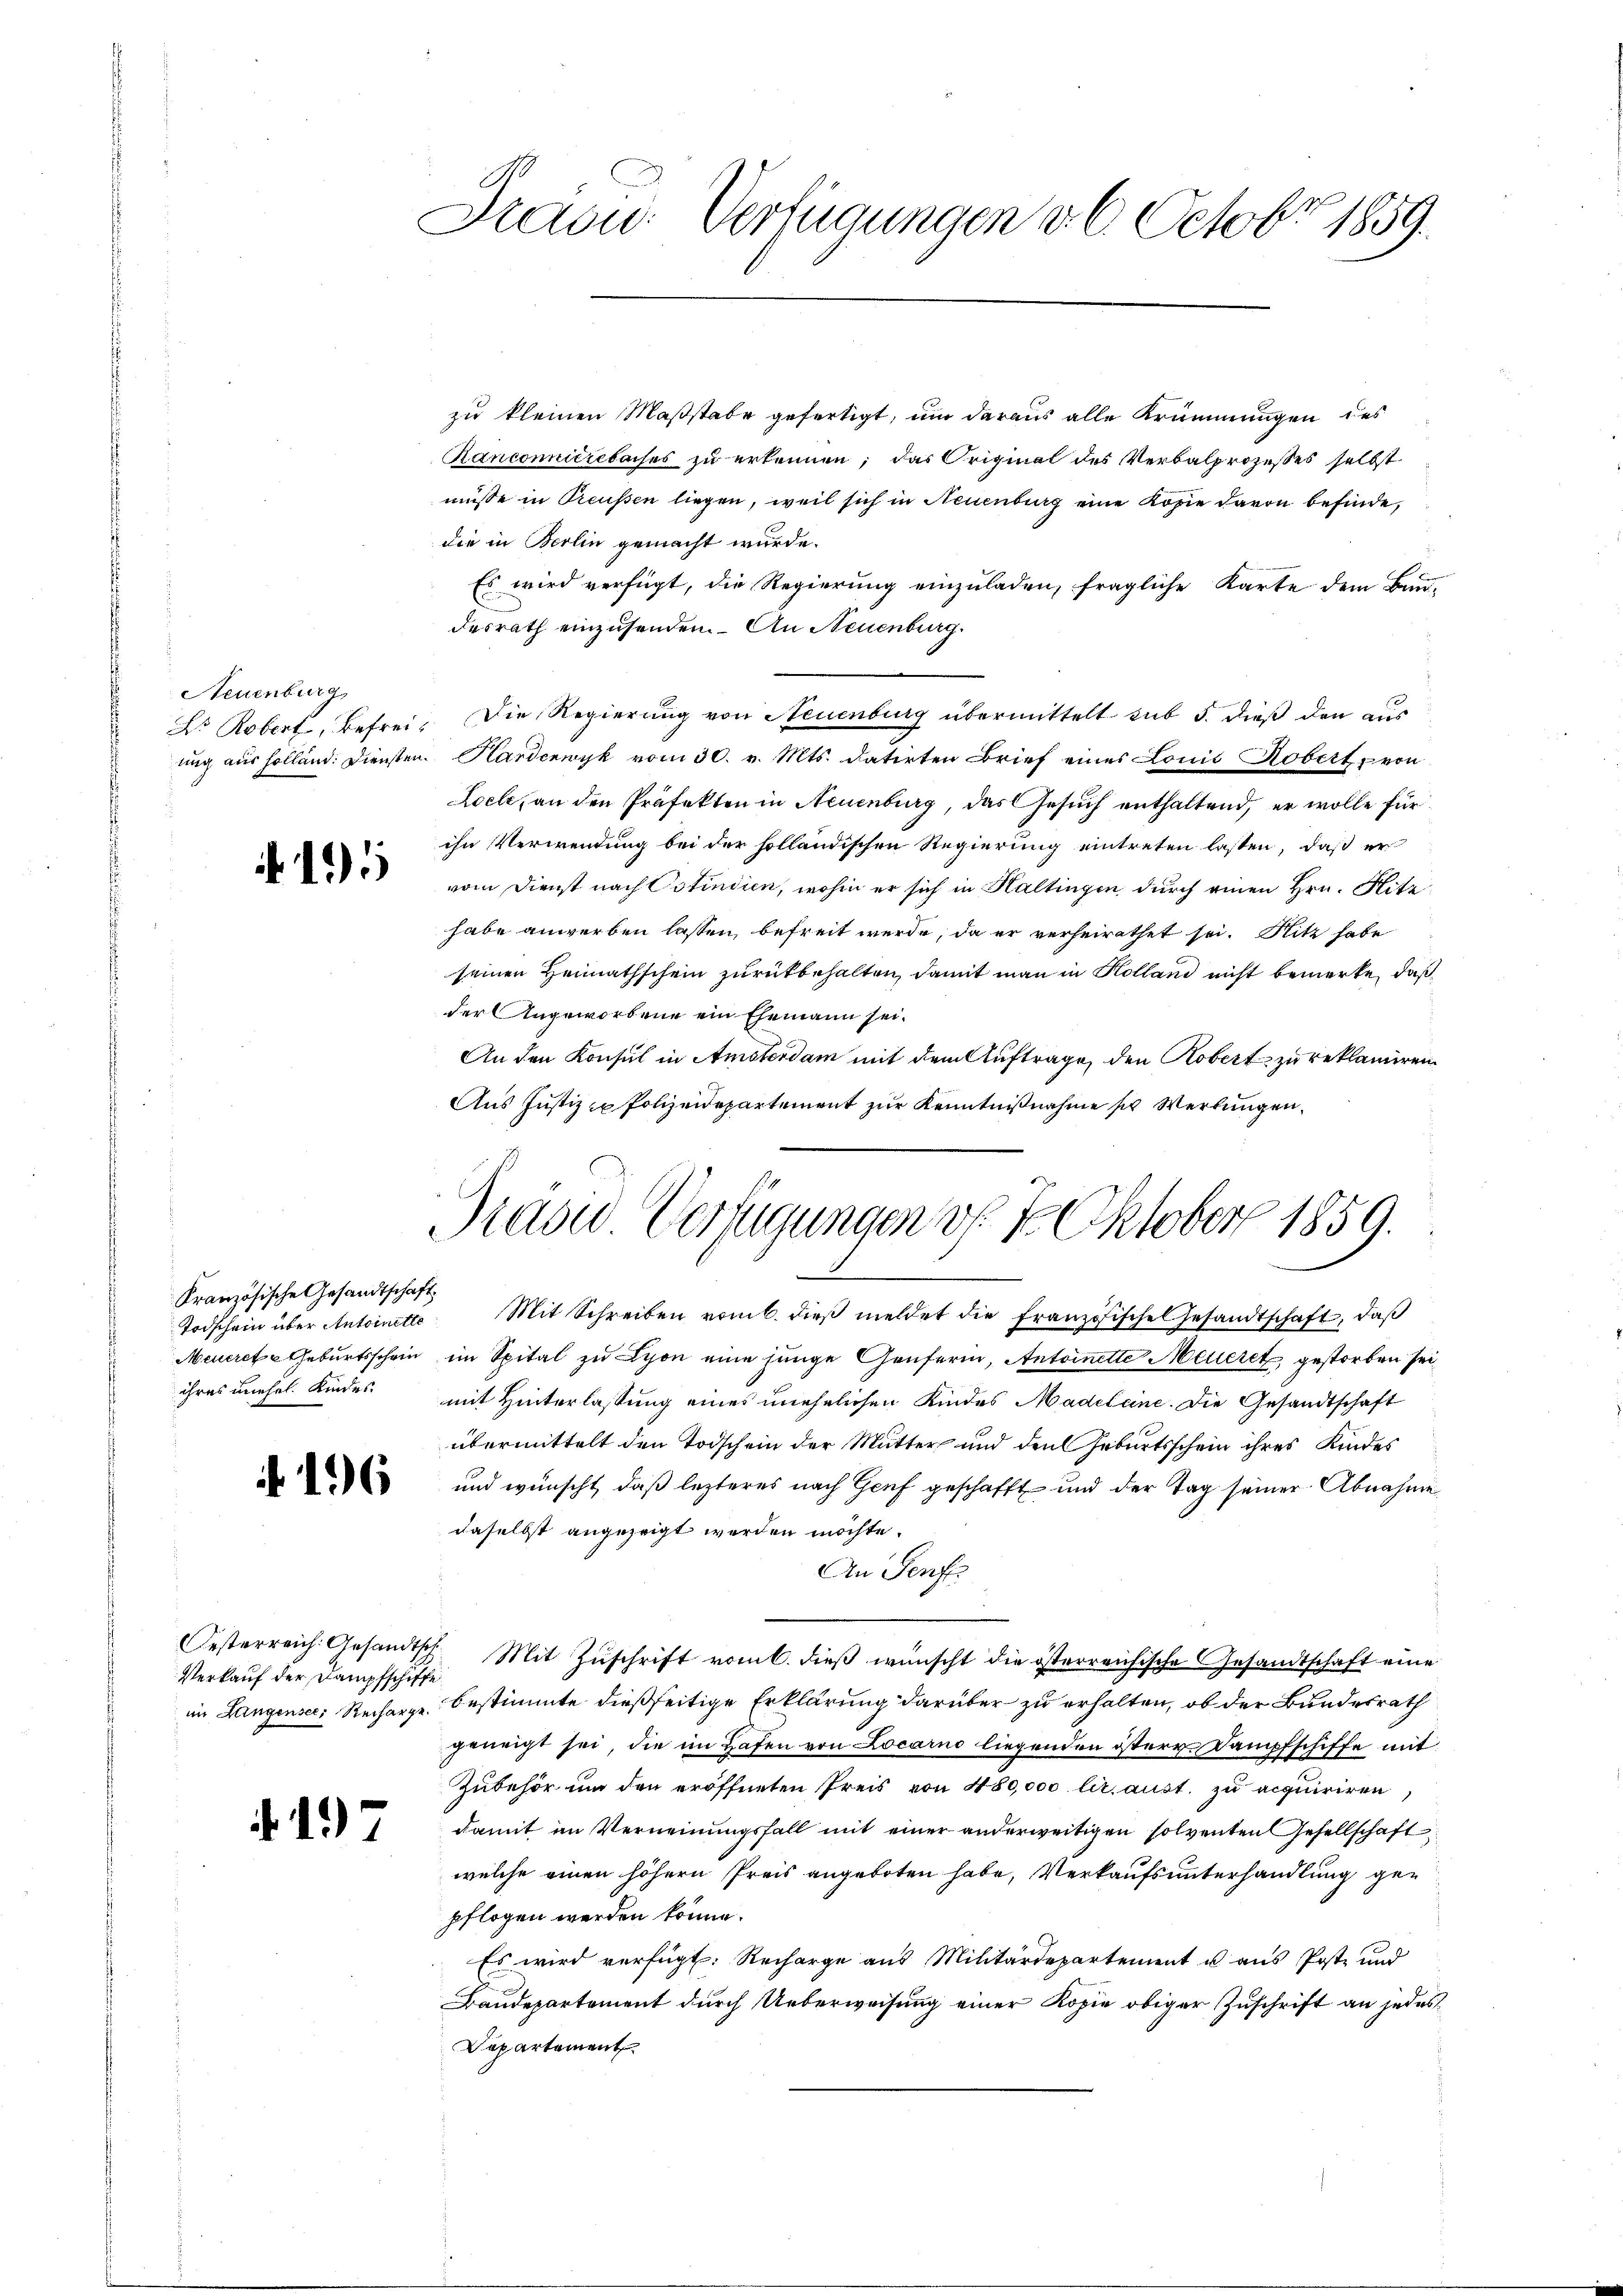
Neuenburg,

191

Französische Gesandtschaft

Verkauf der Dampfschiffe

f. 197

Sraou: Verfügungen v. 6. Octobr 1859.

zu kleinen Maßstabe gefertigt, um daraus alle Krümmungen des
Ranconnucretaises zu erkennen; das Original des Verbalprozesses selbst
müsse in Preussen liegen, weil sich in Neuenburg eine Kopie davon befinde,
die in Berlin gemacht wurde.
Es wird verfügt, die Regierung einzuladen, fragliche Karte dem Band-
desrath einzusenden. – An Neuenburg.
Dr. Robert, Befrei. Die Regierung von Neuenburg übermittelt sub 5. dieß den aus
ung aus Holland: Diensten Hardenwyk vom 30. v. Mts. datirten Brief eines Louis Robert von
Loele, an den Präfekten in Neuenburg, das Gesuch enthaltend, er wolle für
ihn Verwendung bei der solländischen Regierung eintreten lassen, daß er
vom Dienst nach Ostindien, wohin er sich in Haltingen durch einen Hrn. Hitz
habe anwerben lassen, befreit werde, da er verheirathet sei. Mitte habe
seinen Heimathschein zurückbehalten, damit man in Kolland nicht bemerke, daß
der Angeworbene ein Ehemann sei.
An den Konsul in Amsterdam mit dem Auftrage, den Robert zu reklamiren
Aus Justiz- u Polizeidepartement zur Kenntnißnahme sr Werkungen,

Trave Verfügungen d. 7. Oktober 1859.
d

Todschein über Antoinette Mit Schreiben vom 6. dieβ meldet die Französische Gesandtschaft, daß
Meuerete Geburtsschein im Spital zu Lyon eine junge Genferin, Antoinette Meieret, gestorben sei
ihres unehel. Kindes mit Hinterlassung eines unehelichen Kindes Madeleine. Die Gesandtschaft
übermittelt den Todschein der Mutter und den Geburtsschein ihres Kindes
" und wünscht, daβ lezteres nach Genf geschafft und der Tag seiner Abnahme
daselbst angezeigt worden möchte.
An Senf
Oesterreich Gesandtsch. Mit Zŭschrift vom 6. dieß wünscht die österreichische Gesandtschaft eine
im Langensee. Recharge Bestimmte dießseitige Erklärung darüber zu erhalten, ob der Bundesrath
geneigt sei, die im Hafen von Locarno liegenden östere Dampfschiffe mit
Zubehör um den eröffneten Preis von 480,000 lir. aust. zu acquiriren
damit im Verneinungsfall mit einer anderweitigen solventen Gesellschaft
welche einen höhern Preis angeboten habe, Verkaufsunterhandlung gepflogen werden könne.
Es wird verfügt: Recharge aus Militärdepartement u aus Post- und
Baudepartement durch Ueberweisung einer Kopie obiger Zuschrift an jedes
Departement